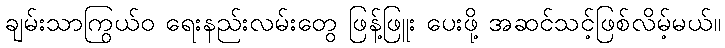
ချမ်းသာကြွယ်ဝ ရေးနည်းလမ်းတွေ ဖြန့်ဖြူး ပေးဖို့ အဆင်သင့်ဖြစ်လိမ့်မယ်။